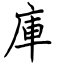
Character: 庫